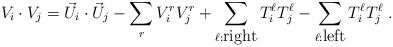
\begin{align*}V_i \cdot V_j = {\vec U}_i \cdot {\vec U}_j - \sum_{r} V^r_i V^r_j +\sum_{\ell:{\mbox{right}}} T^\ell_i T^\ell_j -\sum_{\ell:{\mbox{left}}} T^\ell_i T^\ell_j ~.\end{align*}